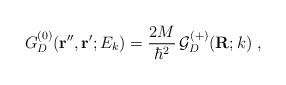
\begin{align*}G^{(0)}_{D}({\bf r''},{\bf r'} ; E_{k}) = \frac{2M}{\hbar^{2}}\,{\mathcal G}^{(+)} _{D} ({\bf R}; k) \; ,\end{align*}